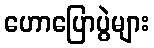
ဟောပြောပွဲများ